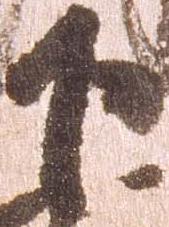
下